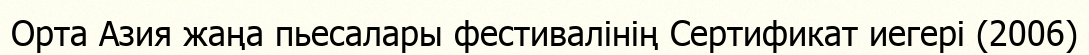
Орта Азия жаңа пьесалары фестивалінің Сертификат иегері (2006)